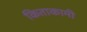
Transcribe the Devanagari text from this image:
किताकामी